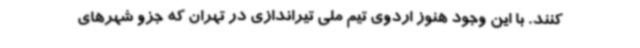
کنند. با این وجود هنوز اردوی تیم ملی تیراندازی در تهران که جزو شهرهای